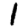
Digit: 1